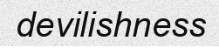
devilishness